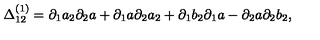
\Delta _ { 1 2 } ^ { ( 1 ) } = \partial _ { 1 } a _ { 2 } \partial _ { 2 } a + \partial _ { 1 } a \partial _ { 2 } a _ { 2 } + \partial _ { 1 } b _ { 2 } \partial _ { 1 } a - \partial _ { 2 } a \partial _ { 2 } b _ { 2 } ,